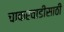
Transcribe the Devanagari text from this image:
चाकरवाडीसाठी